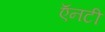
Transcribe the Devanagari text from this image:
ऍनटी